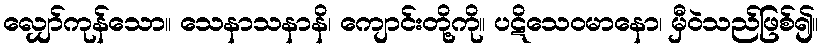
လျှော်ကုန်သော။ သေနာသနာနိ၊ ကျောင်းတို့ကို။ ပဋိသေဝမာနော၊ မှီဝဲသည်ဖြစ်၍။